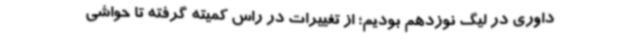
داوری در لیگ نوزدهم بودیم؛ از تغییرات در راس کمیته گرفته تا حواشی